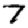
Digit: 7